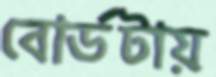
বোর্ডটায়